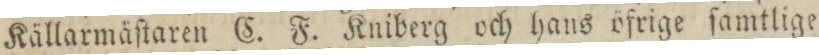
Källarmäſtaren C. F. Kniberg och haus öfrige ſamtlige